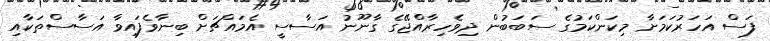
ފަސް އަހަރުކަމަށާ މިކަންކަމުގެ ސަބަބުން ދިވެހިރާއްޖޭގެ ގާނޫނު އަސާސީ އެމައްޗަށް ބިނާވެފައިވާ އަސާސްތަކާއި